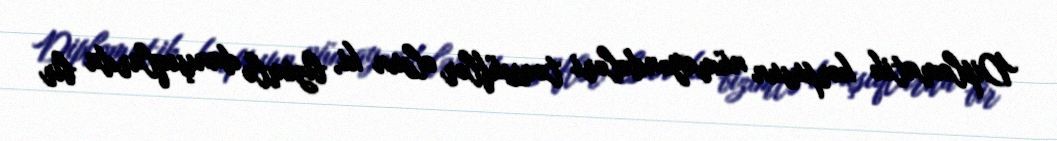
Diplomatik korpusun nümayəndələri təəssüflər olsun ki, bizimlə danışıqlarda bir